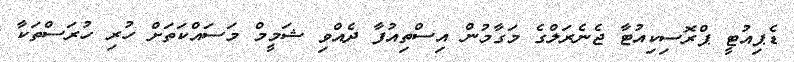
ޑެޕިއުޓީ ޕްރޮސިކިއުޓާ ޖެނެރަލްގެ މަގާމުން އިސްތިއުފާ ދެއްވި ޝަމީމް މަސައްކަތަށް ހުރި ހުރަސްތަކާ